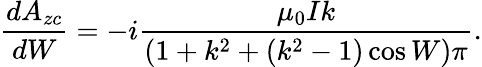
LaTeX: \frac{dA_{zc}}{dW}=-i\frac{\mu_{0}Ik}{(1+k^{2}+(k^{2}-1)\cos W)\pi}.